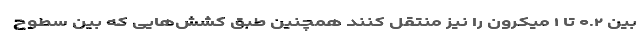
بین ۰.۲ تا ۱ میکرون را نیز منتقل کنند همچنین طبق کشش‌هایی که بین سطوح